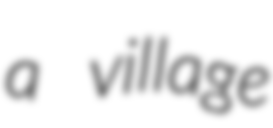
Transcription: a village